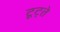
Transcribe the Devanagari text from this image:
टूट्ते